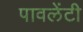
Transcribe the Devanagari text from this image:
पावलेंटी